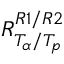
R _ { T _ { \alpha } / T _ { p } } ^ { R 1 / R 2 }